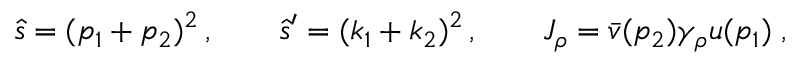
\hat { s } = ( p _ { 1 } + p _ { 2 } ) ^ { 2 } \, , \qquad \hat { s } ^ { \prime } = ( k _ { 1 } + k _ { 2 } ) ^ { 2 } \, , \qquad J _ { \rho } = \bar { v } ( p _ { 2 } ) \gamma _ { \rho } u ( p _ { 1 } ) \; ,